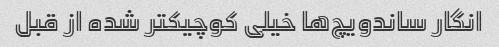
انگار ساندویچ‌ها خیلی کوچیکتر شده از قبل